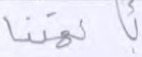
بآلهتنا